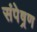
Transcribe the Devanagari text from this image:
संपेष्रण